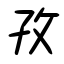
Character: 孜